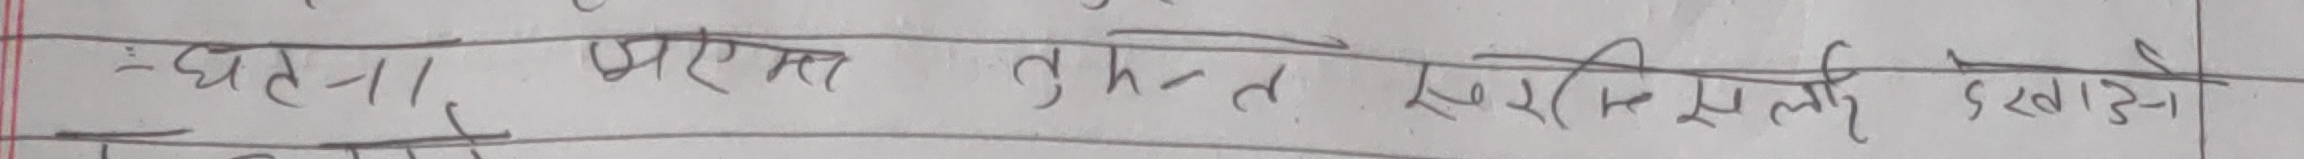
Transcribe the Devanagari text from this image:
घटना प्रयास तुरंत सुरक्षित दिखाओ।